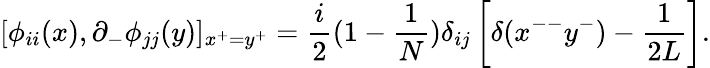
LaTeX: [\phi_{ii}(x),\partial_{-}\phi_{jj}(y)]_{x^{+}=y^{+}}=\frac{i}{2}(1-\frac{1}{N})\delta_{ij}\left[\delta(x^{--}y^{-})-\frac{1}{2L}\right].